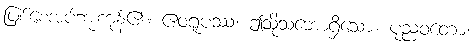
ဖြစ်စေအပ်ဘူးကုန်၏။ ဧဝရူပဿ၊ ဤသို့သဘောရှိသော။ ပုညဝတော၊